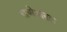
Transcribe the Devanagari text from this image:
चणेभरड